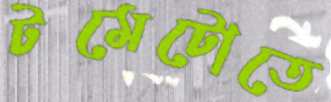
টমেটোতে